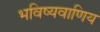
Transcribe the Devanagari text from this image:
भविष्यवाणिय